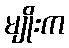
မျိုးက